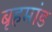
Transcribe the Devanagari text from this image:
बृहमांड